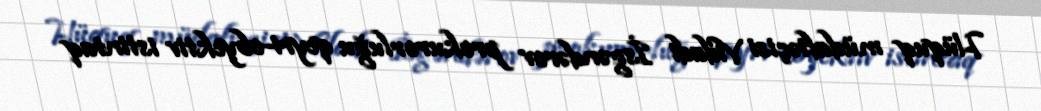
Hüquq müdafiəçisi Vidadi İsgəndərov prokurorluğu qeyri-obyektiv istintaq